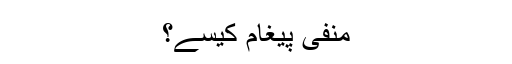
منفی پیغام کیسے؟